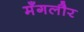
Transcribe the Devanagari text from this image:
मँगलौर